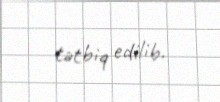
tətbiq edilib.